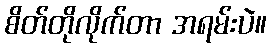
စိတ်တိုလိုက်တာ အရမ်းပဲ။